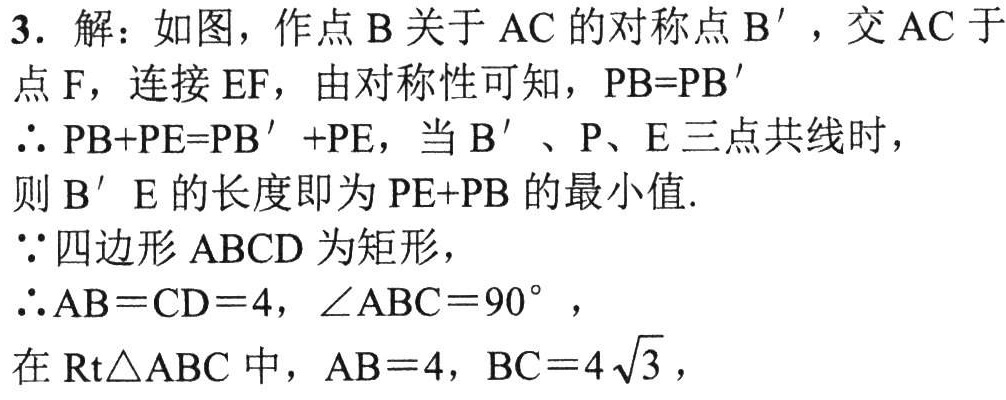
3. 解：如图，作点\(B\)关于\(AC\)的对称点\(B'\)，交\(AC\)于
点\(F\)，连接\(EF\)，由对称性可知，\(PB = PB'\)
\(\therefore PB + PE=PB'+PE\)，当\(B'\)、\(P\)、\(E\)三点共线时，
则\(B'E\)的长度即为\(PE + PB\)的最小值.
\(\because\)四边形\(ABCD\)为矩形，
\(\therefore AB = CD = 4\)，\(\angle ABC = 90^{\circ}\)，
在\(\text{Rt}\triangle ABC\)中，\(AB = 4\)，\(BC = 4\sqrt{3}\)，